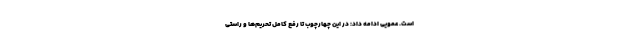
است. عمویی ادامه داد: در این چهارچوب تا رفع کامل تحریم‌ها و راستی